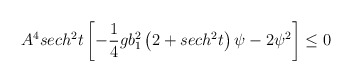
\begin{align*}A^{4}sech^{2} t \left [ -\frac{1}{4}gb_{1}^{2}\left ( 2+ sech^{2}t \right )\psi - 2\psi^{2}\right ] \le 0\end{align*}